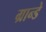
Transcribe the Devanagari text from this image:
ग्रान्डे